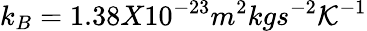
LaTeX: k_{B}=1.38X10^{-23}m^{2}kgs^{-2}\mathcal{K}^{-1}